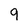
Character: 9